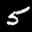
Label: 5